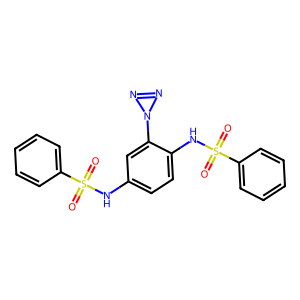
SMILES: O=S(=O)(Nc1ccc(NS(=O)(=O)c2ccccc2)c(N2N=N2)c1)c1ccccc1
Inhibits HIV replication: No